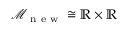
\mathcal { M } _ { \mathrm { ~ n ~ e ~ w ~ } } \cong \mathbb { R } \times \mathbb { R }